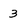
Character: 3